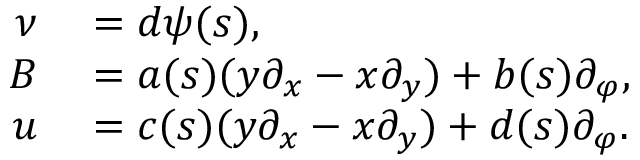
\begin{array} { r l } { \nu } & { { } = d \psi ( s ) , } \\ { B } & { { } = a ( s ) ( y \partial _ { x } - x \partial _ { y } ) + b ( s ) \partial _ { \varphi } , } \\ { u } & { { } = c ( s ) ( y \partial _ { x } - x \partial _ { y } ) + d ( s ) \partial _ { \varphi } . } \end{array}